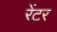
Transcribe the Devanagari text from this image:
रेंटर